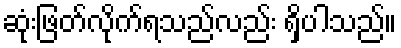
ဆုံးဖြတ်လိုက်ရသည်လည်း ရှိပါသည်။